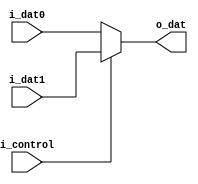
module mux2in1(i_dat0, i_dat1, i_control, o_dat);

parameter WIDTH = 32;

input   	[WIDTH-1:0]   i_dat0, i_dat1; 
input       	          i_control;
output  reg [WIDTH-1:0]   o_dat;
  
always @(*) begin 
	if(i_control)	o_dat = i_dat1;
	else 			o_dat = i_dat0;
end


endmodule